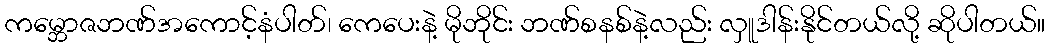
ကမ္ဘောဇဘဏ်အကောင့်နံပါတ်၊ ကေပေးနဲ့ မိုဘိုင်း ဘဏ်စနစ်နဲ့လည်း လှူဒါန်းနိုင်တယ်လို့ ဆိုပါတယ်။